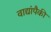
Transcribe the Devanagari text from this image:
वाद्यांपैकी